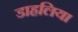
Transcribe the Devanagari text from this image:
डाहलिया